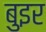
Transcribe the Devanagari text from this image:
बुइर